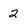
Character: 2